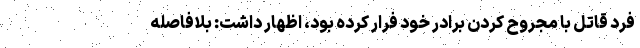
فرد قاتل با مجروح کردن برادر خود فرار کرده بود، اظهار داشت: بلافاصله